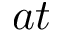
a t